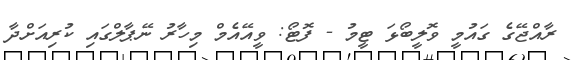
ރާއްޖޭގެ ގައުމީ ވޮލީބޯޅަ ޓީމު - ފޮޓޯ: ވީއޭއެމް މިހާރު ނޭޕާލްގައި ކުރިއަށްދާ